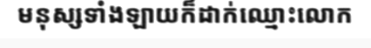
មនុស្សទាំងឡាយក៏ដាក់ឈ្មោះលោក